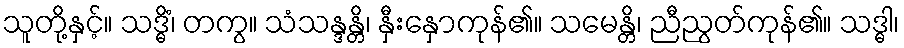
သူတို့နှင့်။ သဒ္ဓိံ၊ တကွ။ သံသန္ဒန္တိ၊ နှီးနှောကုန်၏။ သမေန္တိ၊ ညီညွတ်ကုန်၏။ သဒ္ဓါ၊